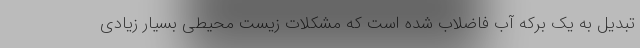
تبدیل به یک برکه آب فاضلاب شده است که مشکلات زیست محیطی بسیار زیادی